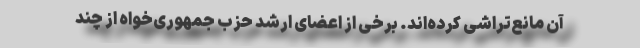
آن مانع‌تراشی کرده‌اند. برخی از اعضای ارشد حزب جمهوری‌خواه از چند